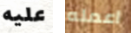
عليه اعمله